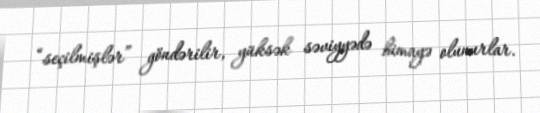
“seçilmişlər” göndərilir, yüksək səviyyədə himayə olunurlar.